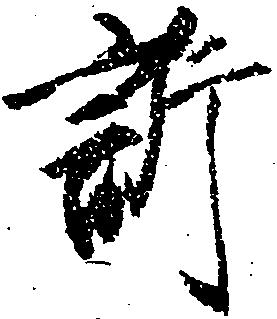
訴